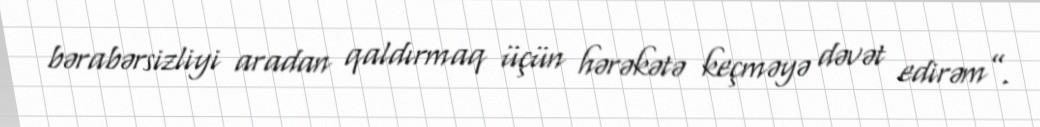
bərabərsizliyi aradan qaldırmaq üçün hərəkətə keçməyə dəvət edirəm”.